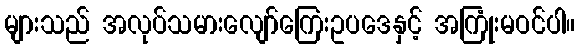
များသည် အလုပ်သမားလျော်ကြေးဥပဒေနှင့် အကြုံးမဝင်ပါ။